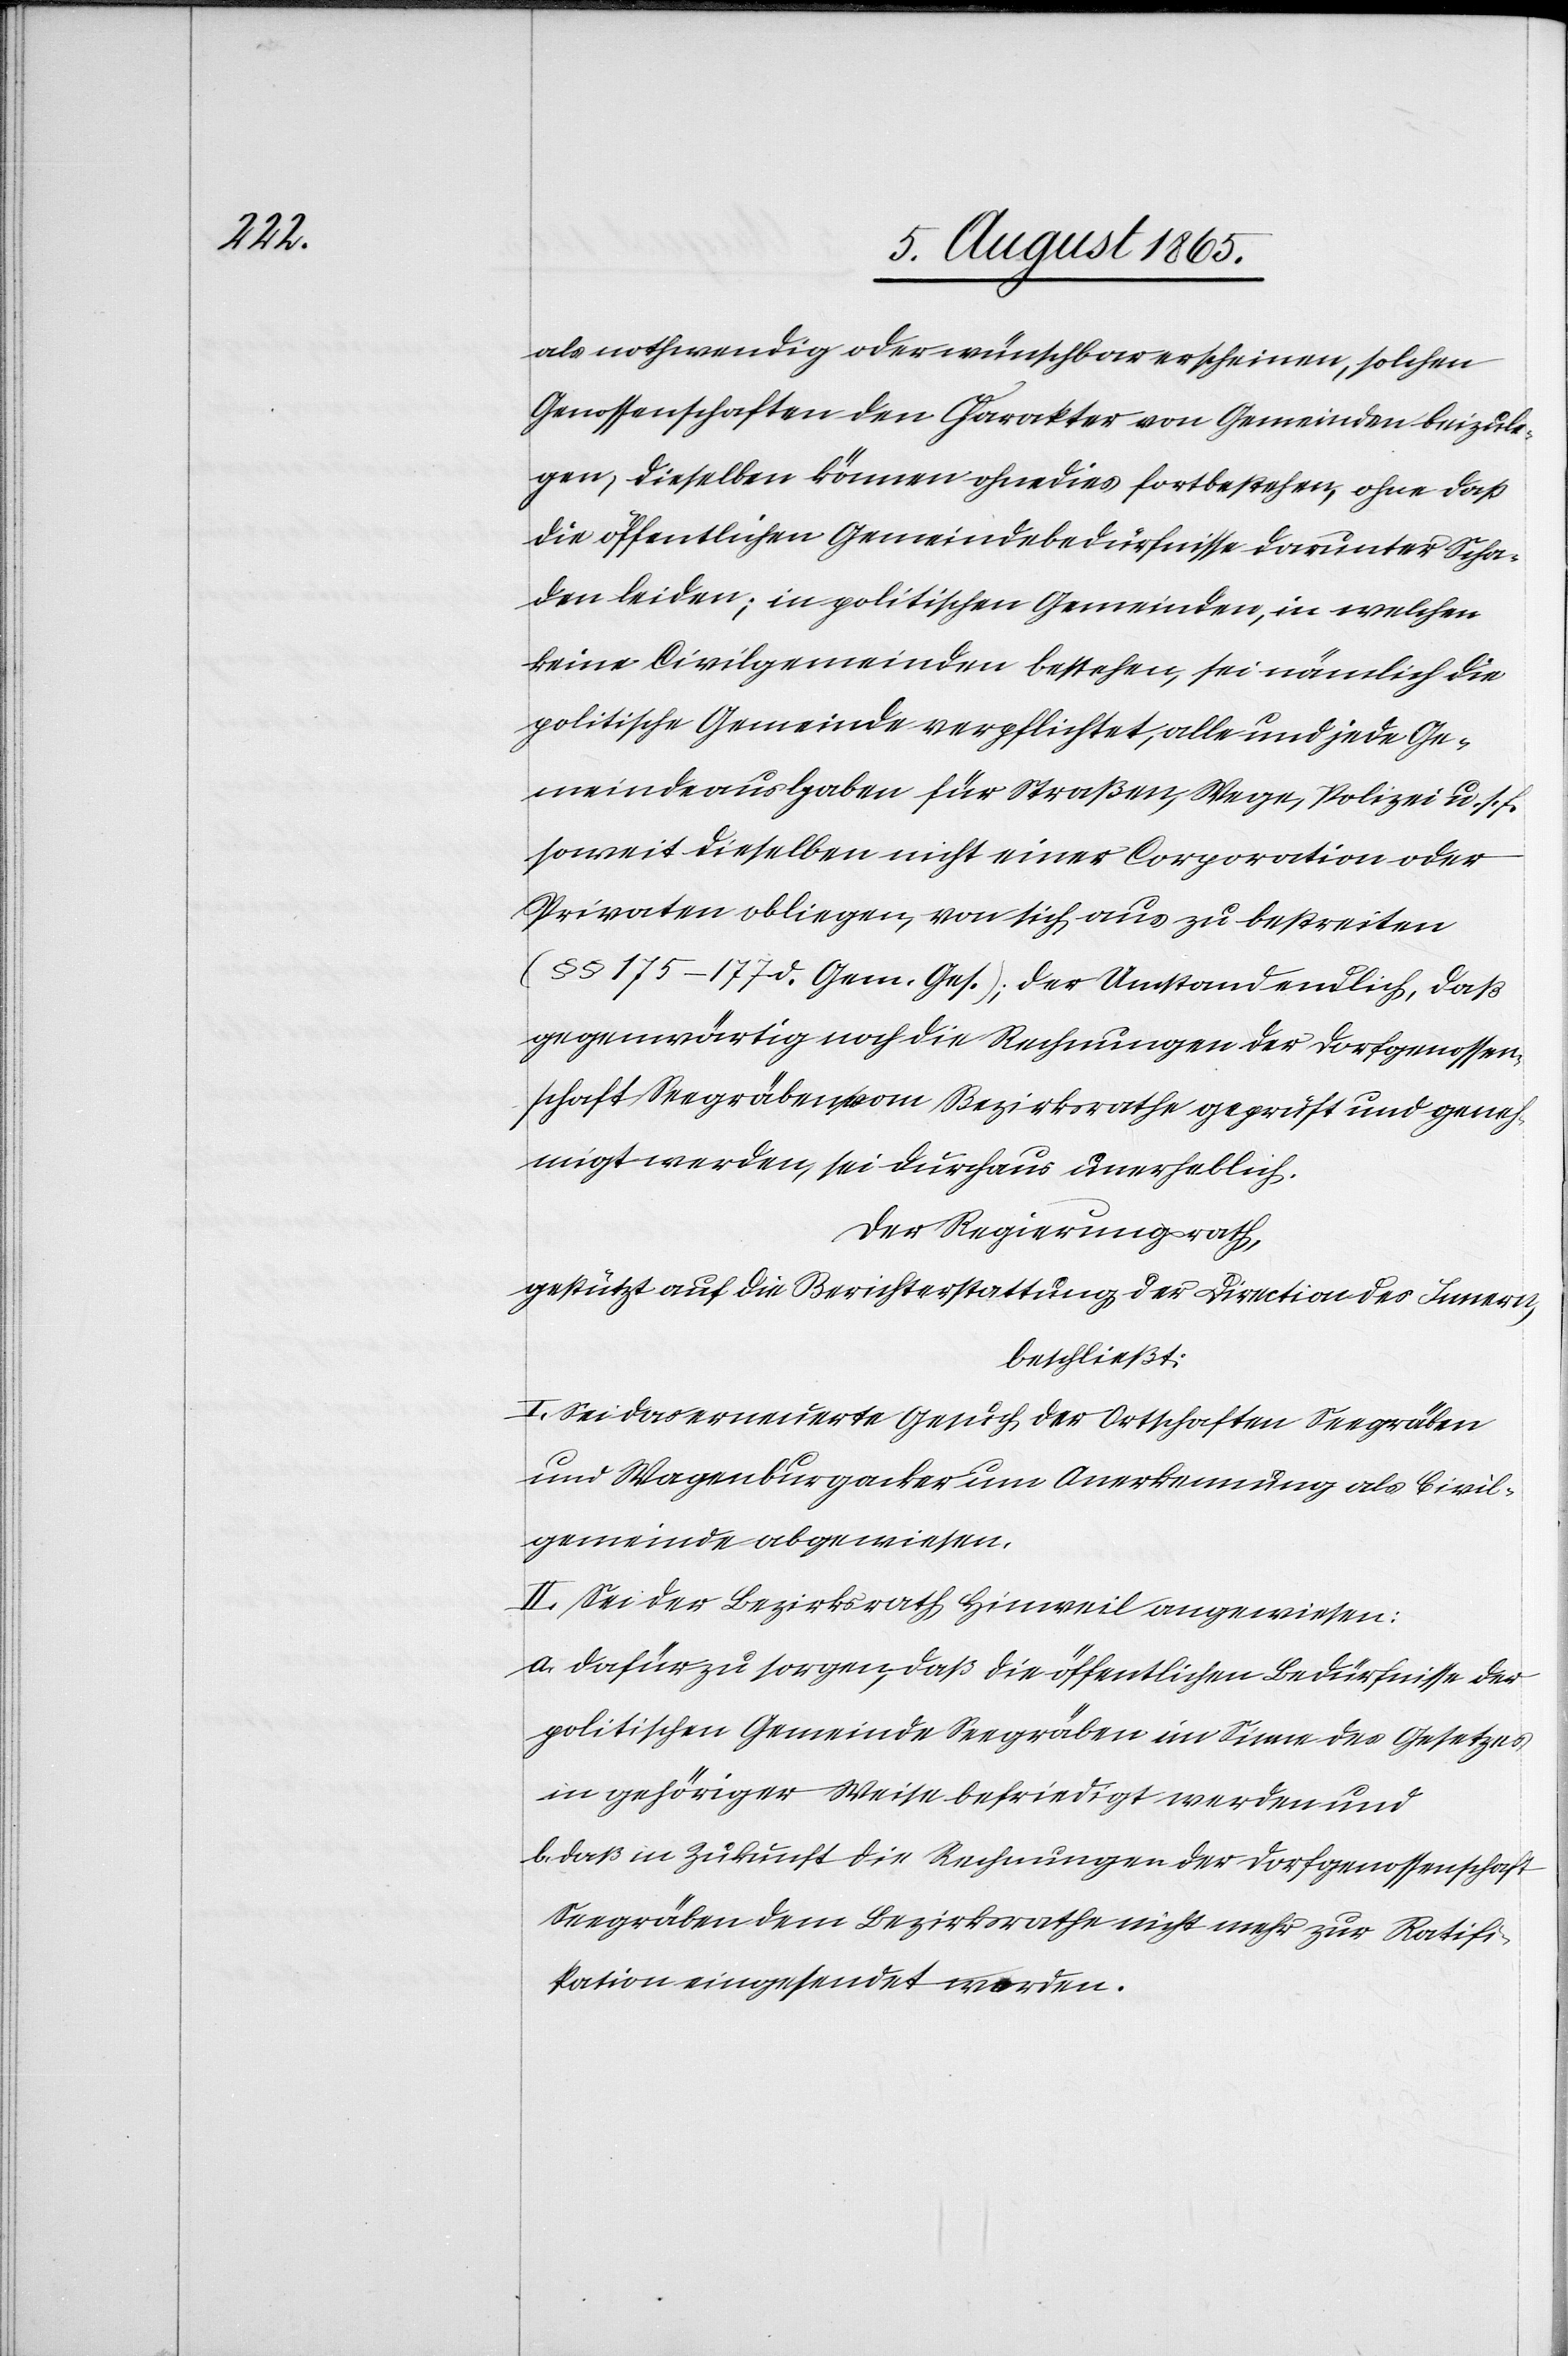
als nothwendig oder wünschbar erscheinen, solchen
Genossenschaften den Charakter von Gemeinden beizule¬
gen, dieselben können ohnedies fortbestehen, ohne daß
die öffentlichen Gemeindebedürfnisse darunter Scha¬
den leiden; in politischen Gemeinden, in welchen
keine Civilgemeinden bestehen, sei nämlich die
politische Gemeinde verpflichtet, alle und jede Ge¬
meindeaus[?g]aben für Straßen, Wege, Polizei u. s. f.
soweit dieselben nicht einer Corporation oder
Privaten obliegen, von sich aus zu bestreiten
(§ § 175–177 d. Gem. Ges.); der Umstand endlich, daß
gegenwärtig noch die Rechnungen der Dorfgenossen¬
schaft Seegräben vom Bezirksrathe geprüft und geneh¬
migt werden, sei durchaus unerheblich.
Der Regierungsrath,
gestützt auf die Berichterstattung der Direction des Innern,
beschließt:
I. Sei das erneuerte Gesuch der Ortschaften Seegräben
und Wagenburgacker um Anerkennung als Civil¬
gemeinde abgewiesen.
II. Sei der Bezirksrath Hinweil angewiesen:
a. dafür zu sorgen, daß die öffentlichen Bedürfnisse der
politischen Gemeinde Seegräben im Sinne des Gesetzes
in gehöriger Weise befriedigt werden und
b. daß in Zukunft die Rechnungen der Dorfgenossenschaft
Seegräben dem Bezirksrathe nicht mehr zur Ratifi¬
kation eingesendet worden.